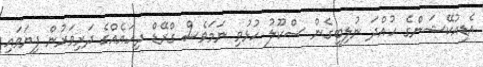
އެޑިއުކޭޝަންގެ ހުއްދަ ނުލިބިގެން ސްކޫލު ހުޅުވި ނަމަވެސް ގްރޭޑް ދިހައެއްގެ ދަރިވަރުން ފިޔަވައި